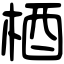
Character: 梄